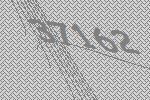
37162